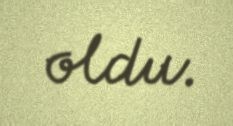
oldu.